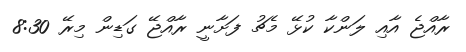
ރާއްޖެ އާއި ލަންކާ ކުޅޭ މެޗު ފަށާނީ ރާއްޖޭ ގަޑިން މިރޭ 8:30